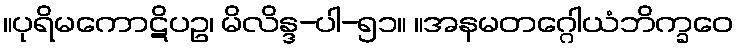
။ပုရိမကောဋိပဥ၊ မိလိန္ဒ-ပါ-၅၁။ ။အနမတဂ္ဂေါယံဘိက္ခဝေ